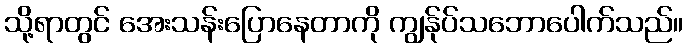
သို့ရာတွင် အေးသန်းပြောနေတာကို ကျွန်ုပ်သဘောပေါက်သည်။